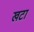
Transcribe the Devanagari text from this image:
खटा